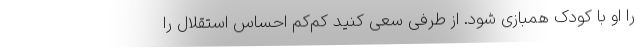
را او با کودک همبازی شود. از طرفی سعی کنید کم‌کم احساس استقلال را